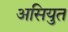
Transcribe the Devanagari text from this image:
असियुत